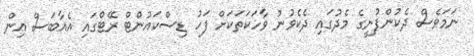
ނަމަވެސް ދެކުންފުނީގެ މެދުގައި ދެކެވުނު ވާހަކަތަކަށް ފަހު ޑިސްކައުންޓް ރޭޓްގައި އެއާބަސް އިން